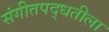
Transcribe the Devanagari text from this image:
संगीतपद्धतीला